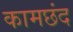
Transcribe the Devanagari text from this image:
कामछंद